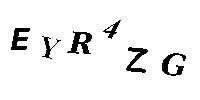
EYR4ZG